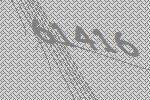
61416